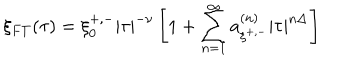
\xi _ { F T } ( \tau ) = \xi _ { 0 } ^ { + , - } \left| \tau \right| ^ { - \nu } \left[ 1 + \sum _ { n = 1 } ^ { \infty } a _ { \xi ^ { + , - } } ^ { \left( n \right) } \left| \tau \right| ^ { n \Delta } \right]